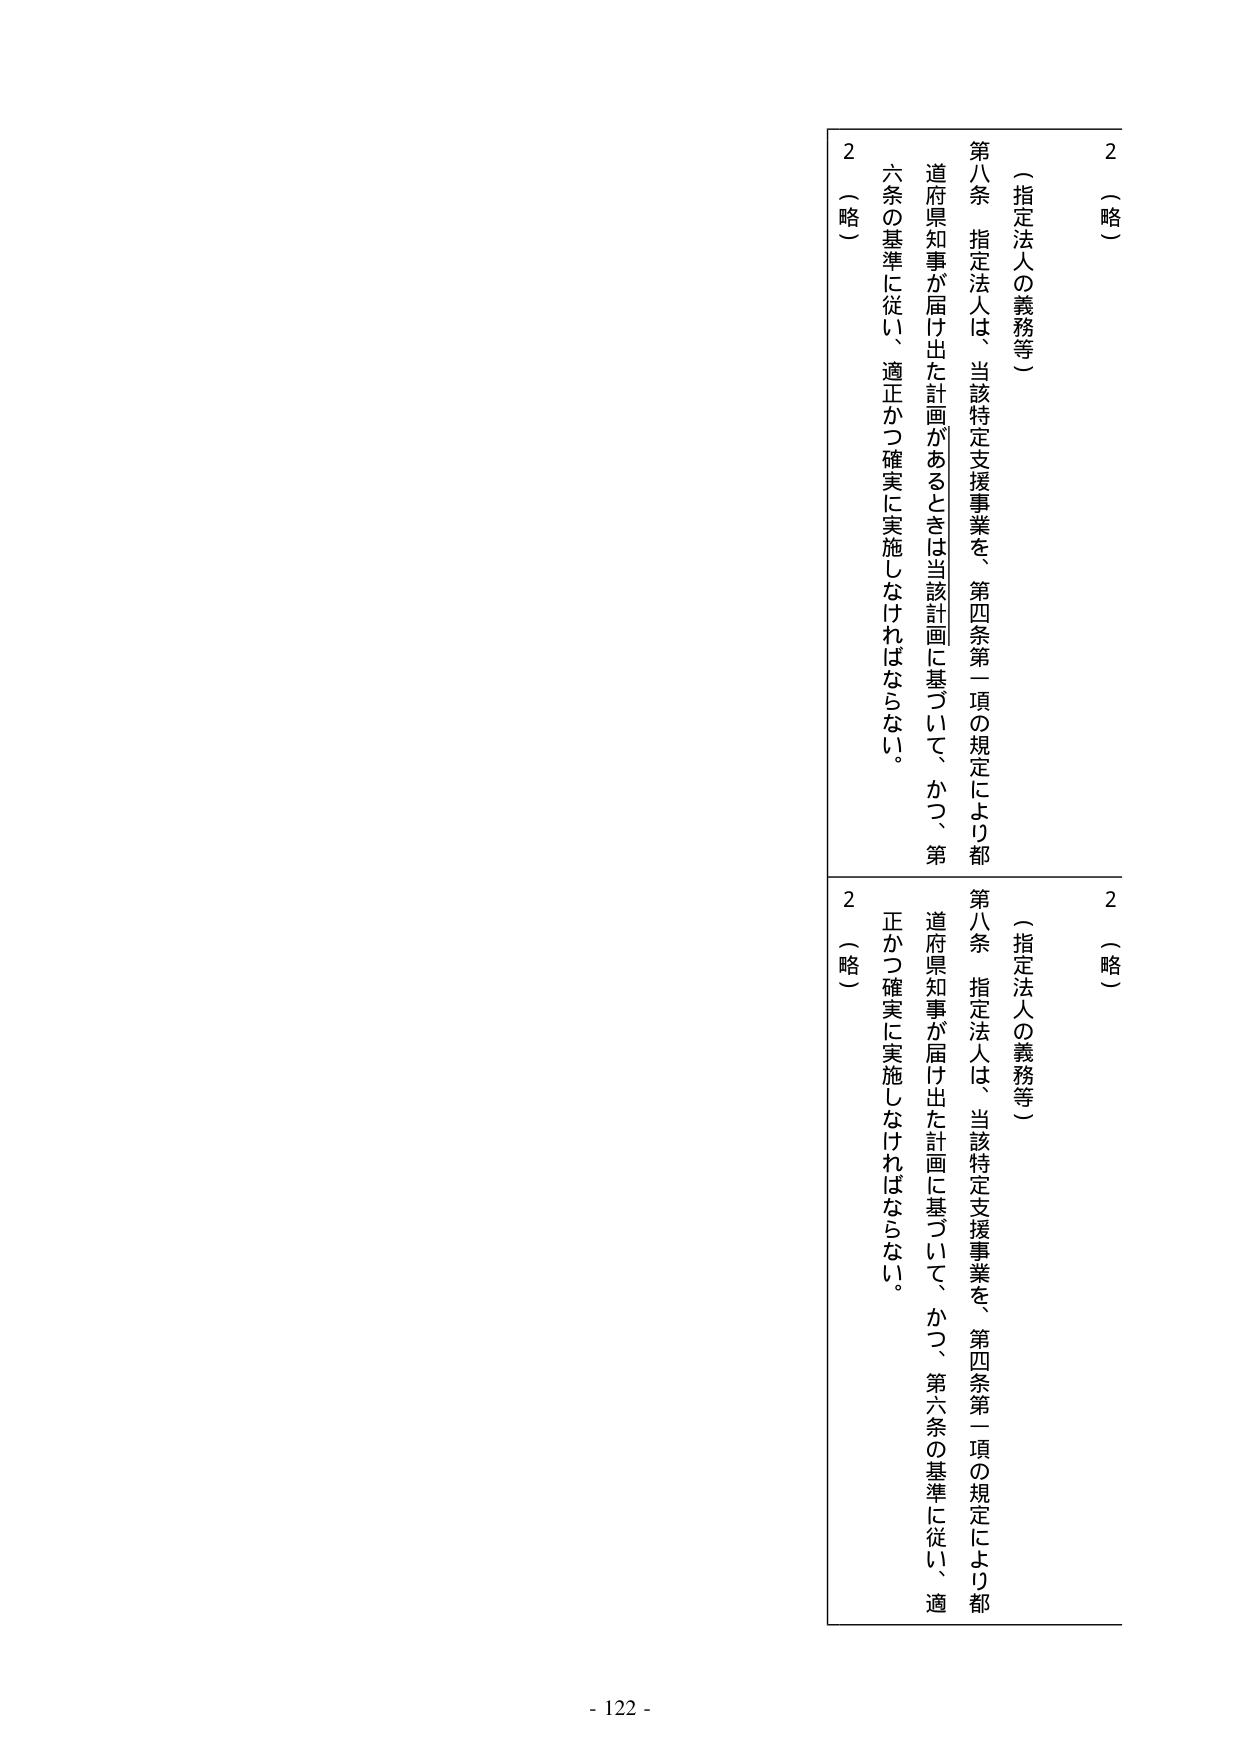
2
（略）
（指定法人の義務等）
第八条　指定法人は、当該特定支援事業を、第四条第一項の規定により都
道府県知事が届け出た計画があるときは当該計画に基づいて、かつ、第
六条の基準に従い、適正かつ確実に実施しなければならない。
2
（略）
2
（略）
（指定法人の義務等）
第八条　指定法人は、当該特定支援事業を、第四条第一項の規定により都
道府県知事が届け出た計画に基づいて、かつ、第六条の基準に従い、適
正かつ確実に実施しなければならない。
2
（略）
- 122 -